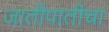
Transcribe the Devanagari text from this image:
जातीपातीचा